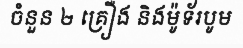
ចំនួន ២ គ្រឿង និងម៉ូទ័របូម